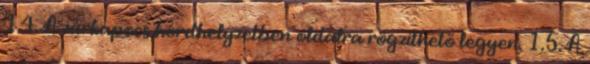
1.4. A zárkapocs hordhelyzetben oldalra rögzíthetõ legyen. 1.5. A